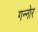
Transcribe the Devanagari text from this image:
गन्नोर